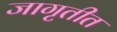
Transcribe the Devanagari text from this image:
जागृतीत